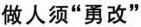
做人须“勇改”